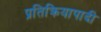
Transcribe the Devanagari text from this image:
प्रतिक्रियापादी